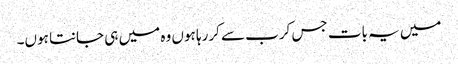
میں یہ بات جس کرب سے کررہا ہوں وہ میں ہی جانتا ہوں۔